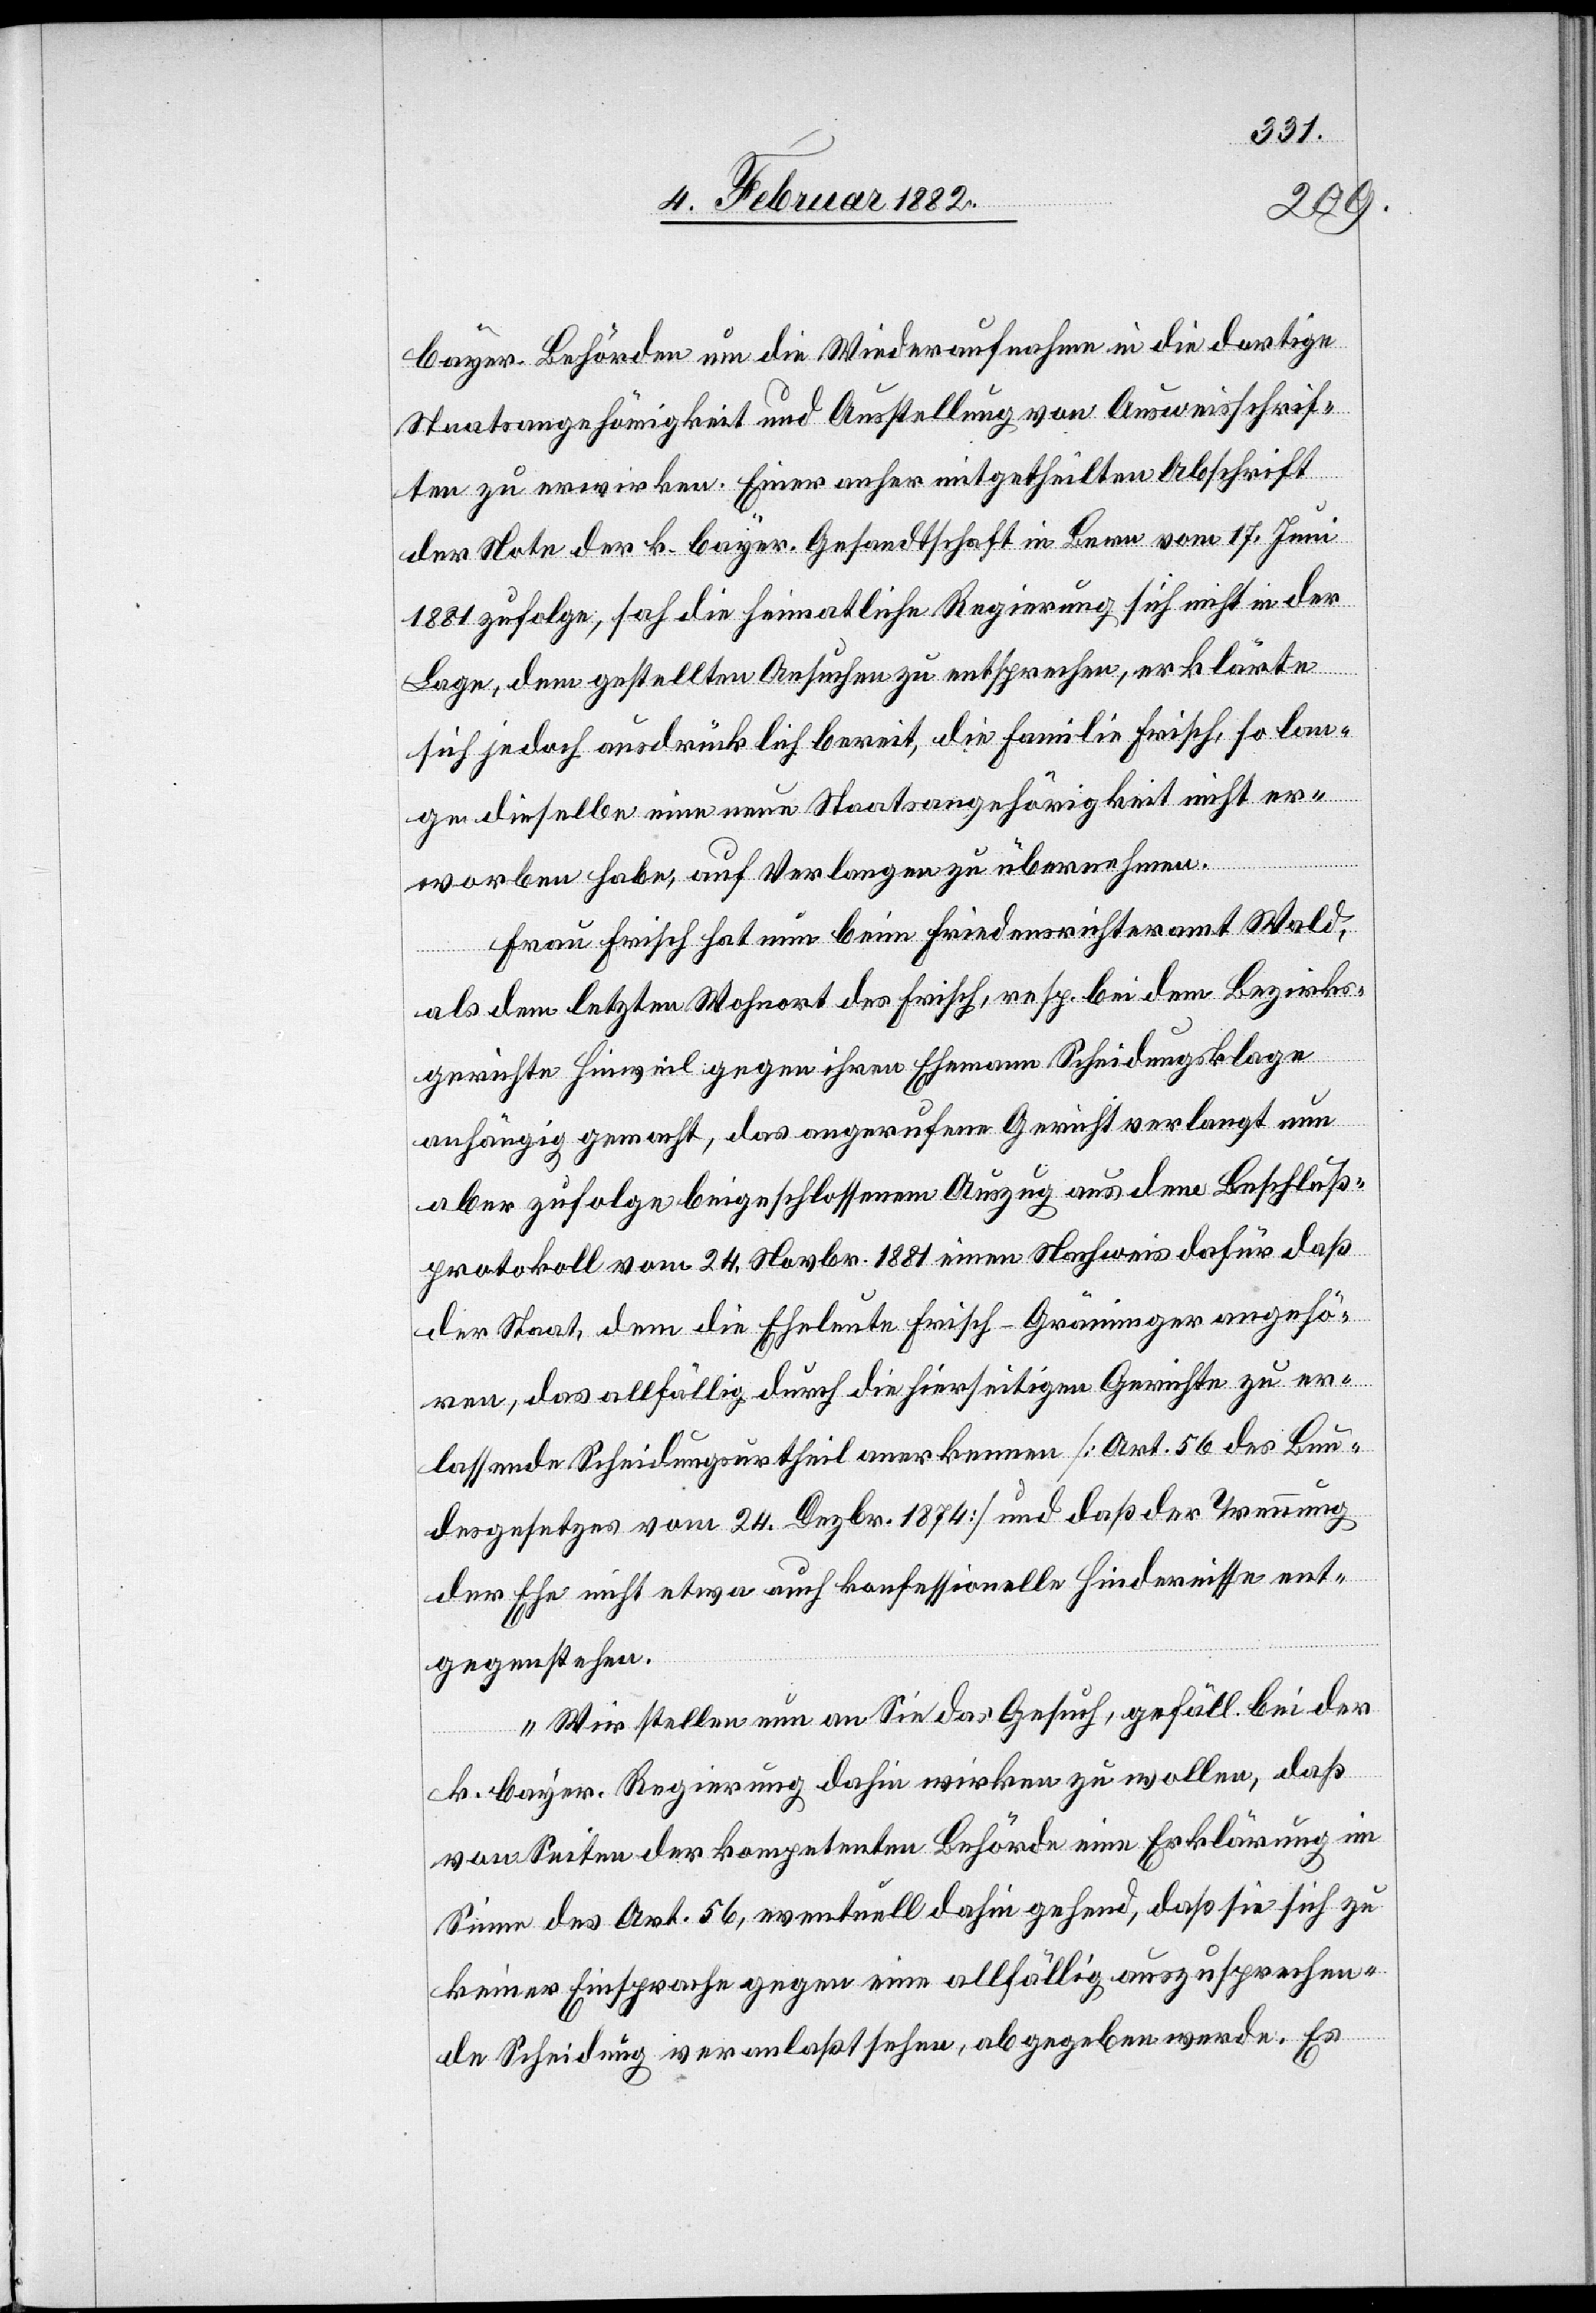
bayr. Behörde um die Wiederaufnahme in die dortige
Staatsangehörigkeit und Ausstellung von Ausweisschrif¬
ten zu erwirken. Einer anher mitgetheilten Abschrift
der Note der k. bayr. Gesandtschaft in Bern vom 17. Juni
1881 zufolge, sieht die heimatliche Regierung sich nicht in der
Lage, dem gestellten Ansuchen zu entsprechen, erklärte
sich jedoch ausdrücklich bereit, die Familie Frisch, so lan¬
ge dieselben eine neue Staatsangehörigkeit nicht er¬
worben habe, auf Verlangen zu übernehmen.
Frau Frisch hat eine beim Friedenrichteramt Wald,
als dem letzten Wohnort des Frisch, resp. bei dem Bezirks¬
gerichte Hinweil gegen ihren Ehemann Scheidungsklage
anhängig gemacht, das angerufene Gericht verlangt nun
aber zufolge beigeschlossenem Auszug aus dem Beschluß¬
protokoll vom 24. Novbr. 1881 einen Nachweis dafür daß
der Staat, dem die Eheleute Frisch Gräminger angehö¬
ren, das allfällig durch die hierseitigen Gerichte zu er¬
lassende Scheidungsurtheil anerkenne [Art. 56 des Bun¬
desgesetze vom 24. Dezbr. 1874] und daß der Trauung
der Ehe nicht etwa auch konfessionelle Hindernisse ent¬
gegenstehen.
Wir stellen nun an Sie das Gesuch, gefäll. bei der
k. bayr. Regierung dahin wirken zu wollen, daß
von Seiten der kompetenten Behörde eine Erklärung im
Sinne des Art. 56, eventuell dahin gehend, daß sie sich zu
keiner Einsprache gegen eine allfällig auszusprechen¬
de Scheidung veranlaßt sehe, abgegeben werde. Es